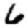
Digit: 6